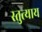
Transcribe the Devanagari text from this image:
स्तुत्याय